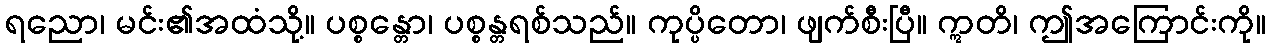
ရညော၊ မင်း၏အထံသို့။ ပစ္စန္တော၊ ပစ္စန္တရစ်သည်။ ကုပ္ပိတော၊ ဖျက်စီးပြီ။ ဣတိ၊ ဤအကြောင်းကို။